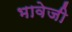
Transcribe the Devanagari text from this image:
भावेजी